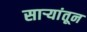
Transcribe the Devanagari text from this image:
सार्‍यांतून